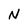
Character: N